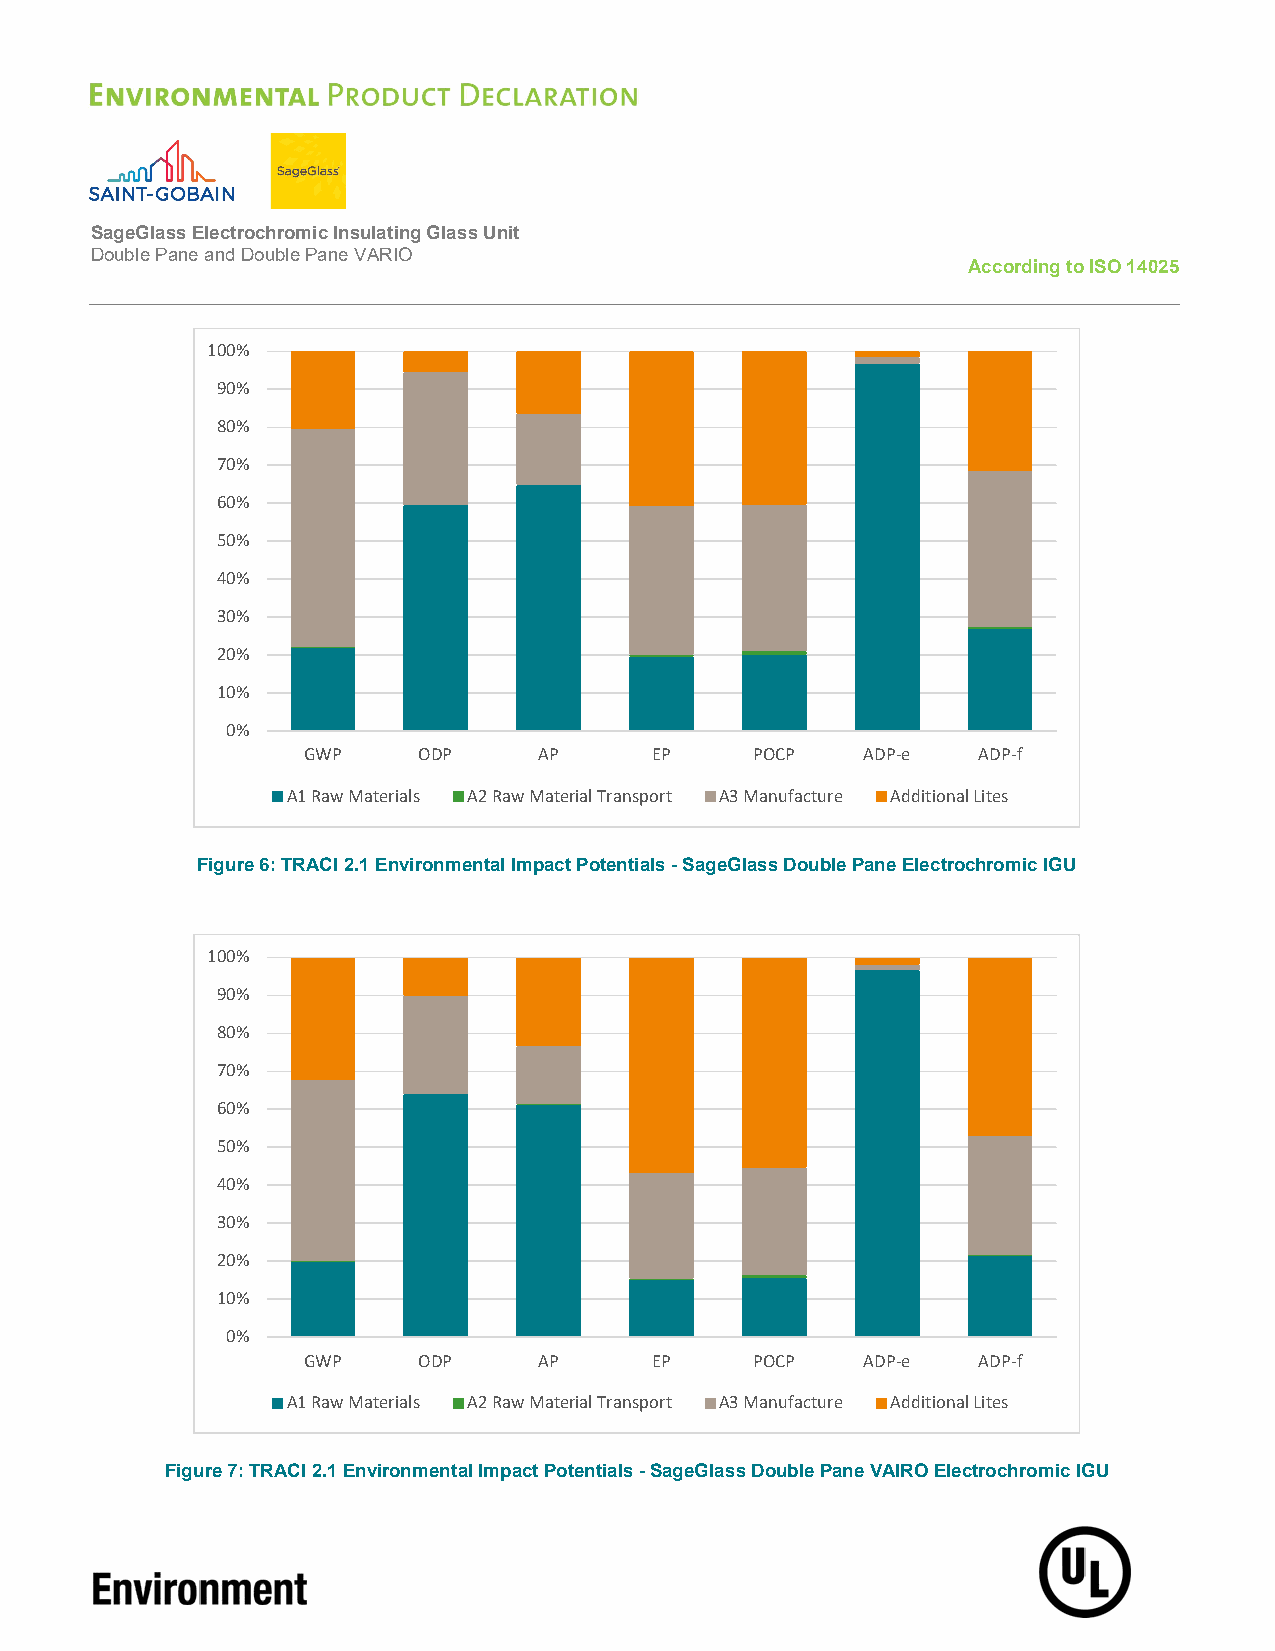
SageGlass Electrochromic Insulating Glass Unit
 Double Pane and Double Pane VARIO
 According to ISO 14025
 100%
 90%
 80%
 70%
 60%
 50%
 40%
 30%
 20%
 10%
 0%
 GWP     ODP     AP     EP     POCP   ADP-e   ADP-f
 A1 Raw Materials A2 Raw Material Transport A3 Manufacture Additional Lites
 Figure 6: TRACI 2.1 Environmental Impact Potentials - SageGlass Double Pane Electrochromic IGU
 100%
 90%
 80%
 70%
 60%
 50%
 40%
 30%
 20%
 10%
 0%
 GWP     ODP     AP     EP     POCP   ADP-e   ADP-f
 A1 Raw Materials A2 Raw Material Transport A3 Manufacture Additional Lites
 Figure 7: TRACI 2.1 Environmental Impact Potentials - SageGlass Double Pane VAIRO Electrochromic IGU